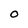
Character: O